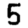
Digit: 5